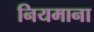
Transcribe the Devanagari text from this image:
नियमाना